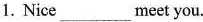
1. Nice___meet you.